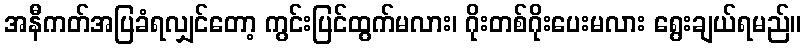
အနီကတ်အပြခံရလျှင်တော့ ကွင်းပြင်ထွက်မလား၊ ဂိုးတစ်ဂိုးပေးမလား ရွေးချယ်ရမည်။